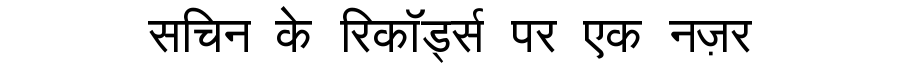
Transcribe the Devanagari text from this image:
सचिन के रिकॉर्ड्स पर एक नज़र